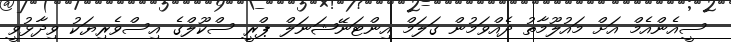
ސީއެންއެމް އަށް މައުލޫމާތު ދެއްވަމުން ގަލަމް އިންޓަނޭޝަނަލް ޕްރީ ސްކޫލްގެ އިސްވެރިޔަކު ވިދާޅުވީ